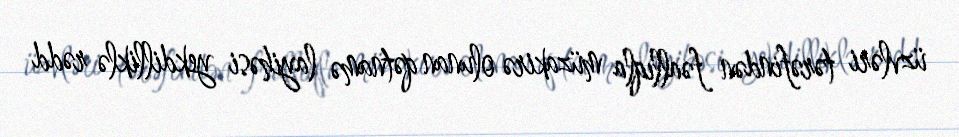
üzvləri tərəfindən fəallıqla müzakirə olunan qətnamə layihəsi yekdilliklə rədd